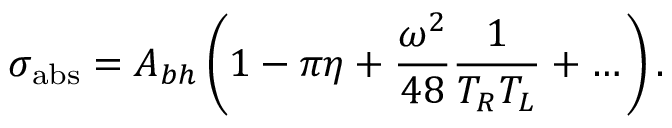
\sigma _ { \mathrm { a b s } } = A _ { b h } \left( 1 - \pi \eta + { \frac { \omega ^ { 2 } } { 4 8 } } { \frac { 1 } { T _ { R } T _ { L } } } + \dots \right) .